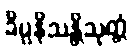
ခိပ္ပနိသန္တိသုတ္တံ